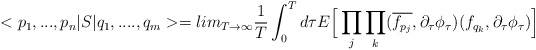
\begin{align*}<p_{1},...,p_{n}|S|q_{1},....,q_{m}>= lim_{T\rightarrow \infty}\frac{1}{T} \int_{0}^{T}d\tau E\Big[\prod_{j}\prod_{k}( \overline{f_{p_{j}}},\partial_{\tau}\phi_{\tau})( f_{q_{k}},\partial_{\tau}\phi_{\tau})\Big]\end{align*}